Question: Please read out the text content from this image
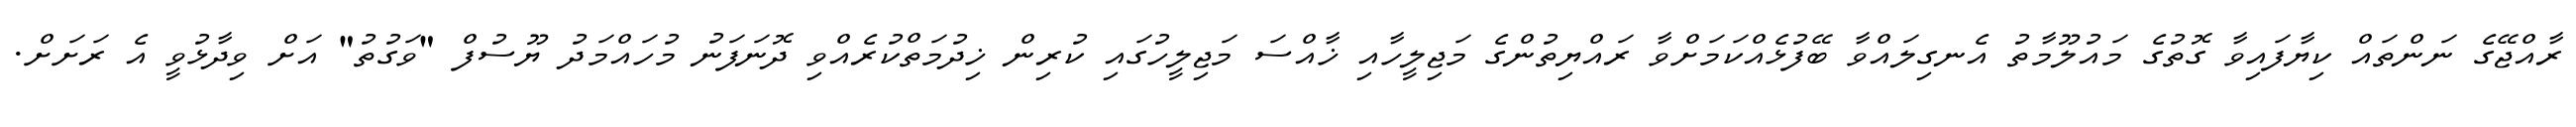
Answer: ރާއްޖޭގެ ނަންތައް ކިޔާފައިވާ ގޮތުގެ މައުލޫމާތު އެނގިލައްވާ ބޭފުޅެއްކަމަށްވާ ރައްޔިތުންގެ މަޖިލީހާއި ޚާއްސަ މަޖިލީހުގައި ކުރިން ޚިދުމަތްކުރެއްވި ދޮނަފަނު މުހައްމަދު ޔޫސުފް "ވަގުތު" އަށް ވިދާޅުވީ އެ ރަށަށް.